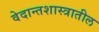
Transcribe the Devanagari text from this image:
वेदान्तशास्त्रातील